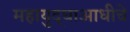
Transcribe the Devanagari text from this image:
महायुद्धाआधीचे